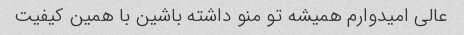
عالی امیدوارم همیشه تو منو داشته باشین با همین کیفیت